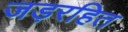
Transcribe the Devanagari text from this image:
जड़रहित